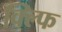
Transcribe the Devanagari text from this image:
क्ल्फि